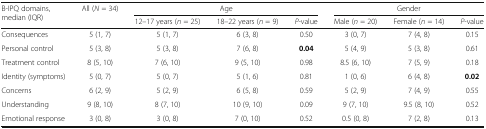
<table><thead><tr><td rowspan="2"><b>B-IPQ domains, median (IQR)</b></td><td rowspan="2"><b>All (<i>N</i> = 34)</b></td><td colspan="3"><b>Age</b></td><td colspan="3"><b>Gender</b></td></tr><tr><td><b>12–17 years (<i>n</i> = 25)</b></td><td><b>18–22 years (<i>n</i> = 9)</b></td><td><b><i>P</i>-value</b></td><td><b>Male (<i>n</i> = 20)</b></td><td><b>Female (<i>n</i> = 14)</b></td><td><b><i>P</i>-value</b></td></tr></thead><tbody><tr><td>Consequences</td><td>5 (1, 7)</td><td>5 (1, 7)</td><td>6 (3, 8)</td><td>0.50</td><td>3 (0, 7)</td><td>7 (4, 8)</td><td>0.15</td></tr><tr><td>Personal control</td><td>5 (3, 8)</td><td>5 (3, 8)</td><td>7 (6, 8)</td><td><b>0.04</b></td><td>5 (4, 9)</td><td>5 (3, 8)</td><td>0.61</td></tr><tr><td>Treatment control</td><td>8 (5, 10)</td><td>7 (6, 10)</td><td>9 (5, 10)</td><td>0.98</td><td>8.5 (6, 10)</td><td>7 (5, 9)</td><td>0.18</td></tr><tr><td>Identity (symptoms)</td><td>5 (0, 7)</td><td>5 (0, 7)</td><td>5 (1, 6)</td><td>0.81</td><td>1 (0, 6)</td><td>6 (4, 8)</td><td><b>0.02</b></td></tr><tr><td>Concerns</td><td>6 (2, 9)</td><td>5 (2, 9)</td><td>6 (5, 8)</td><td>0.59</td><td>5 (2, 9)</td><td>7 (4, 9)</td><td>0.55</td></tr><tr><td>Understanding</td><td>9 (8, 10)</td><td>8 (7, 10)</td><td>10 (9, 10)</td><td>0.09</td><td>9 (7, 10)</td><td>9.5 (8, 10)</td><td>0.52</td></tr><tr><td>Emotional response</td><td>3 (0, 8)</td><td>3 (0, 8)</td><td>7 (0, 10)</td><td>0.52</td><td>0.5 (0, 8)</td><td>7 (2, 8)</td><td>0.13</td></tr></tbody></table>